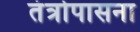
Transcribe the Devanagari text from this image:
तंत्रोपासना